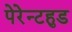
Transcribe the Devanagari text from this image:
पेरेन्टहुड